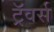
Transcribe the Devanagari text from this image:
ट्रॅवर्स